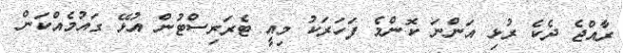
ރާއްޖެ ދެކެ ރުޅި އަންނަ ކޮންމެ ފަހަރަކު މިއީ ޓެރަރިސްޓުން އުޅޭ ގައުމެއްކަން